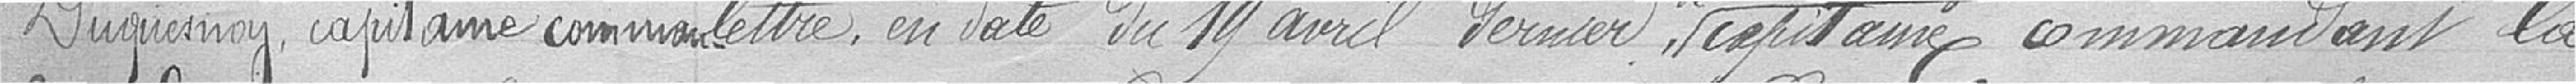
Duquesnay, capitaine comman-lettre, en date du 19 avril dernier, capitaine commandant la